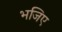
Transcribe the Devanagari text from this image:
भजिए